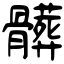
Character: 髒